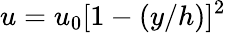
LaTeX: u=u_{0}[1-(y/h)]^{2}